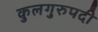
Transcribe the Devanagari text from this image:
कुलगुरुपदी